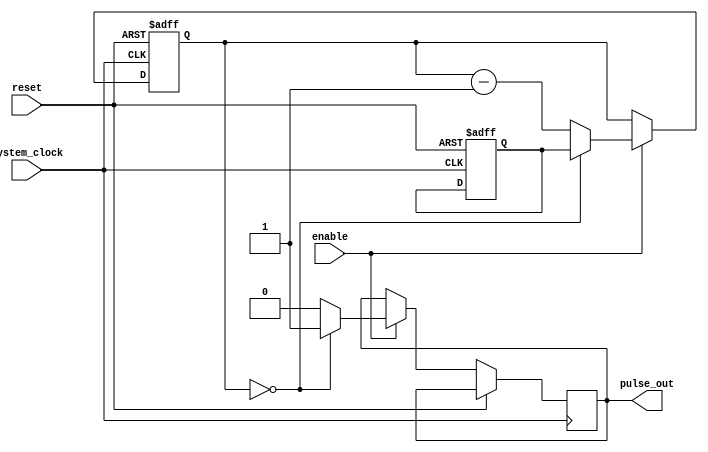
module variable_frequency_pulse_generator (
    input wire system_clock,
    input wire reset,
    input wire enable,
    output reg pulse_out
);

reg [15:0] counter;
reg [15:0] initial_counter_value;
reg [15:0] pulse_frequency;

always @ (posedge system_clock or posedge reset) begin
    if (reset) begin
        counter <= 16'h0000;
    end else if (enable) begin
        if (counter == 16'h0000) begin
            pulse_out <= 1;
            counter <= pulse_frequency;
        end else begin
            pulse_out <= 0;
            counter <= counter - 1;
        end
    end
end

always @ (posedge system_clock or posedge reset) begin
    if (reset) begin
        initial_counter_value <= 16'h0000;
    end else if (enable) begin
        initial_counter_value <= pulse_frequency;
    end
end

always @ (posedge system_clock or posedge reset) begin
    if (reset) begin
        pulse_frequency <= 16'h0000;
    end else if (enable) begin
        // Logic for updating pulse_frequency based on desired frequency input
        // Add your logic here
    end
end

endmodule